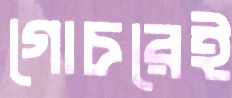
গোচরেই